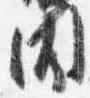
聞